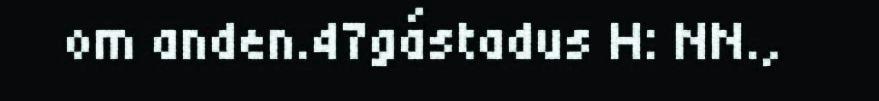
om anden.47gástadus H: NN.,